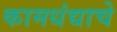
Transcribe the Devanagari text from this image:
कामधंद्याचे